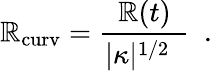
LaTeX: {\mathbb{R}_{\mathrm{{curv}}}={\frac{{\mathbb{R}(t)}}{{|\kappa|^{1/2}\ \ }}}}\ \ .